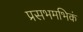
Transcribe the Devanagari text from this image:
प्रसभमभिकं